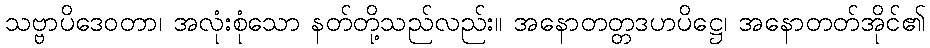
သဗ္ဗာပိဒေဝတာ၊ အလုံးစုံသော နတ်တို့သည်လည်း။ အနောတတ္တဒဟပိဋ္ဌေ၊ အနောတတ်အိုင်၏